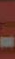
-